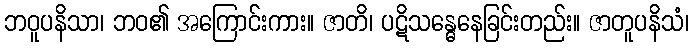
ဘဝူပနိသာ၊ ဘဝ၏ အကြောင်းကား။ ဇာတိ၊ ပဋိသန္ဓေနေခြင်းတည်း။ ဇာတူပနိသံ၊